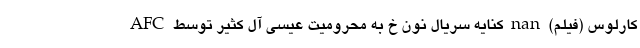
کارلوس (فیلم) nan کنایه سریال نون خ به محرومیت عیسی آل کثیر توسط AFC